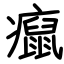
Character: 癙